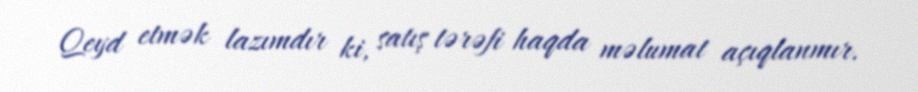
Qeyd etmək lazımdır ki, satış tərəfi haqda məlumat açıqlanmır.